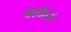
અથાક